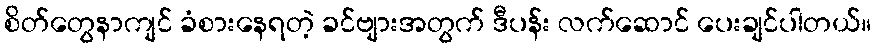
စိတ်တွေနာကျင် ခံစားနေရတဲ့ ခင်ဗျားအတွက် ဒီပန်း လက်ဆောင် ပေးချင်ပါတယ်။